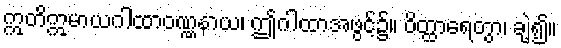
ဣတိဣမာယဂါထာဝဏ္ဏနာယ၊ ဤဂါထာအဖွင့်၌။ ဝိတ္ထာရေတွာ၊ ချဲ့၍။